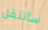
سأنتقل